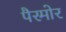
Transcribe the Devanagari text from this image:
पैरमोर